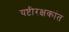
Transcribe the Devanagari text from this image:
यष्टीरक्षकांत